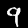
Label: 9